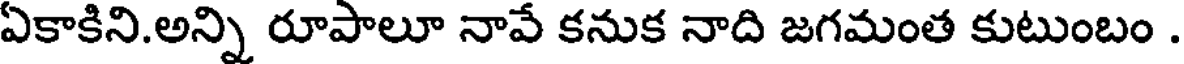
ఏకాకిని.అన్ని రూపాలూ నావే కనుక నాది జగమంత కుటుంబం